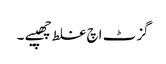
گزٹ اچ غلط چھپیے ۔